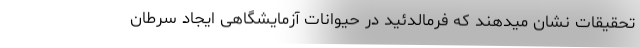
تحقیقات نشان میدهند که فرمالدئید در حیوانات آزمایشگاهی ایجاد سرطان